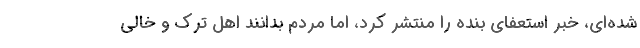
شده‌ای، خبر استعفای بنده را منتشر کرد، اما مردم بدانند اهل ترک و خالی